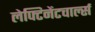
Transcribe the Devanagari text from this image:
लेफ्टिनेंटचार्ल्स